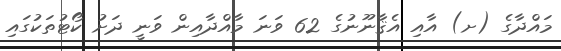
މައްދާގެ (ށ) އާއި އެޤާނޫނުގެ 62 ވަނަ މާއްދާއިން ވަނީ ދަށު ކޯޓުތަކުގައި